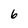
Character: 6